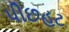
પીછહટ